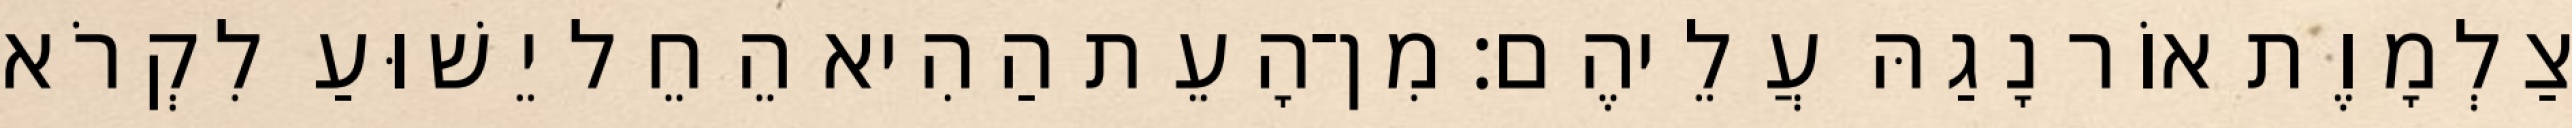
צַלְמָוֶת אוֹר נָגַהּ עֲלֵיהֶם׃ מִן־הָעֵת הַהִיא הֵחֵל יֵשׁוּעַ לִקְרֹא